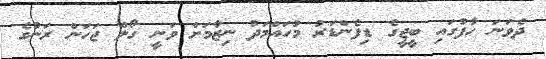
ދެވަނަ ހާފުގައި ބީޖީގެ ޑިފެންޑަރު މުހައްމަދު ނިޒާމަށް ވަނީ ގޯލް ޖަހަން ރަނުގެ